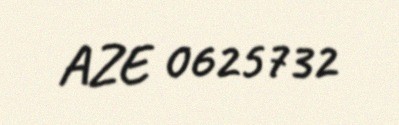
AZE 0625732